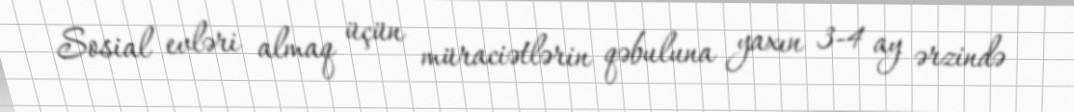
Sosial evləri almaq üçün müraciətlərin qəbuluna yaxın 3-4 ay ərzində